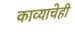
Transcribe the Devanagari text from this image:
काव्याचेही